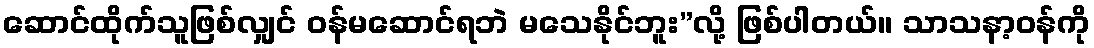
ဆောင်ထိုက်သူဖြစ်လျှင် ဝန်မဆောင်ရဘဲ မသေနိုင်ဘူး”လို့ ဖြစ်ပါတယ်။ သာသနာ့ဝန်ကို